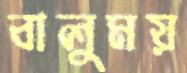
বালুময়